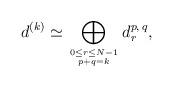
LaTeX: \begin{align*}d^{(k)}\simeq\bigoplus\limits_{0\leq r\leq N-1\atop p+q=k}d_r^{p,\,q},\end{align*}